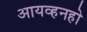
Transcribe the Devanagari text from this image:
आयव्हनहो